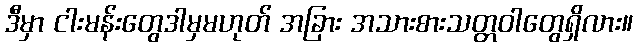
ဒီမှာ ငါးမန်းတွေဒါမှမဟုတ် အခြား အသားစားသတ္တဝါတွေရှိလား။